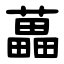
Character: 藟